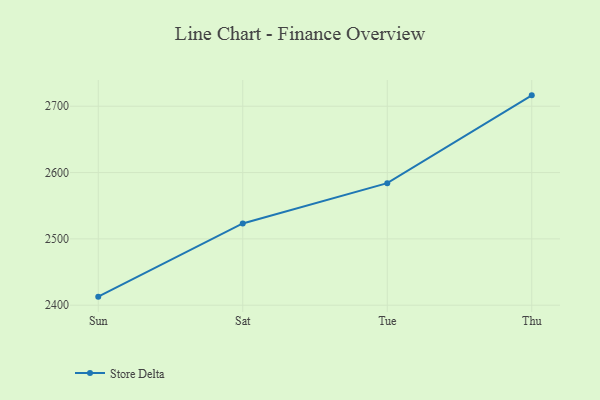
{"axis": {"x": "Day", "y": "Energy Usage (MWh)"}, "legend": ["Store Delta"], "data": [{"x": "Sun", "y": 2412.9, "type": "Store Delta"}, {"x": "Sat", "y": 2523.3, "type": "Store Delta"}, {"x": "Tue", "y": 2584.0, "type": "Store Delta"}, {"x": "Thu", "y": 2716.4, "type": "Store Delta"}]}